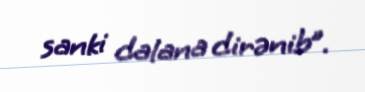
sanki dalana dirənib”.